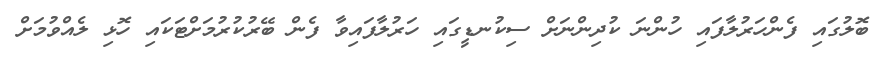
ބޮލުގައި ފެންހަރުލާފައި ހުންނަ ކުދިންނަށް ސިކުނޑީގައި ހަރުލާފައިވާ ފެން ބޭރުކުރުމަށްޓަކައި ހޮޅި ލެއްވުމަށް